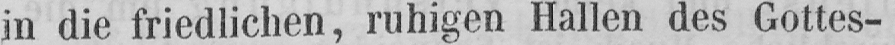
in die friedlichen, ruhigen Hallen des Gottes-